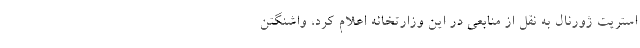
استریت ژورنال به نقل از منابعی در این وزارتخانه اعلام کرد، واشنگتن